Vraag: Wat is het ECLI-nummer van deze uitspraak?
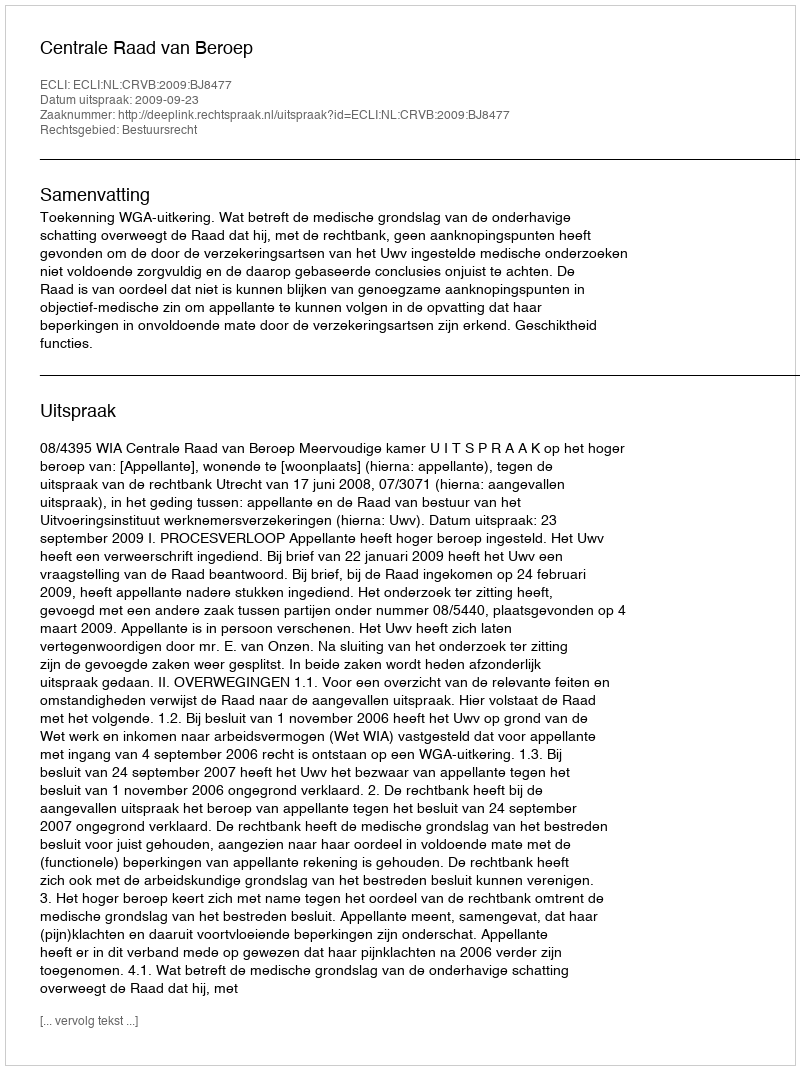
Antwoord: ECLI:NL:CRVB:2009:BJ8477